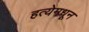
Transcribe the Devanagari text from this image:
हत्येमधून